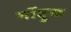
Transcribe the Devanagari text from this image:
गोंदुक